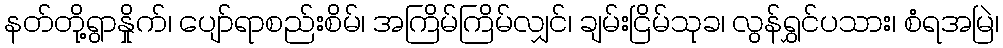
နတ်တို့ရွာနှိုက်၊ ပျော်ရာစည်းစိမ်၊ အကြိမ်ကြိမ်လျှင်၊ ချမ်းငြိမ်သုခ၊ လွန်ရွှင်ပသား၊ စံရအမြဲ၊